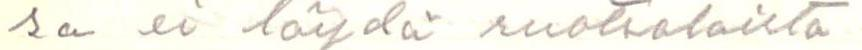
sa ei löydä ruotsalaista